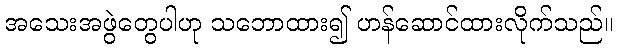
အသေးအဖွဲတွေပါဟု သဘောထား၍ ဟန်ဆောင်ထားလိုက်သည်။